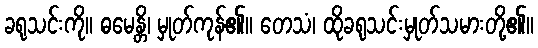
ခရုသင်းကို။ ဓမေန္တိ၊ မှုတ်ကုန်၏။ တေသံ၊ ထိုခရုသင်းမှုတ်သမားတို့၏။